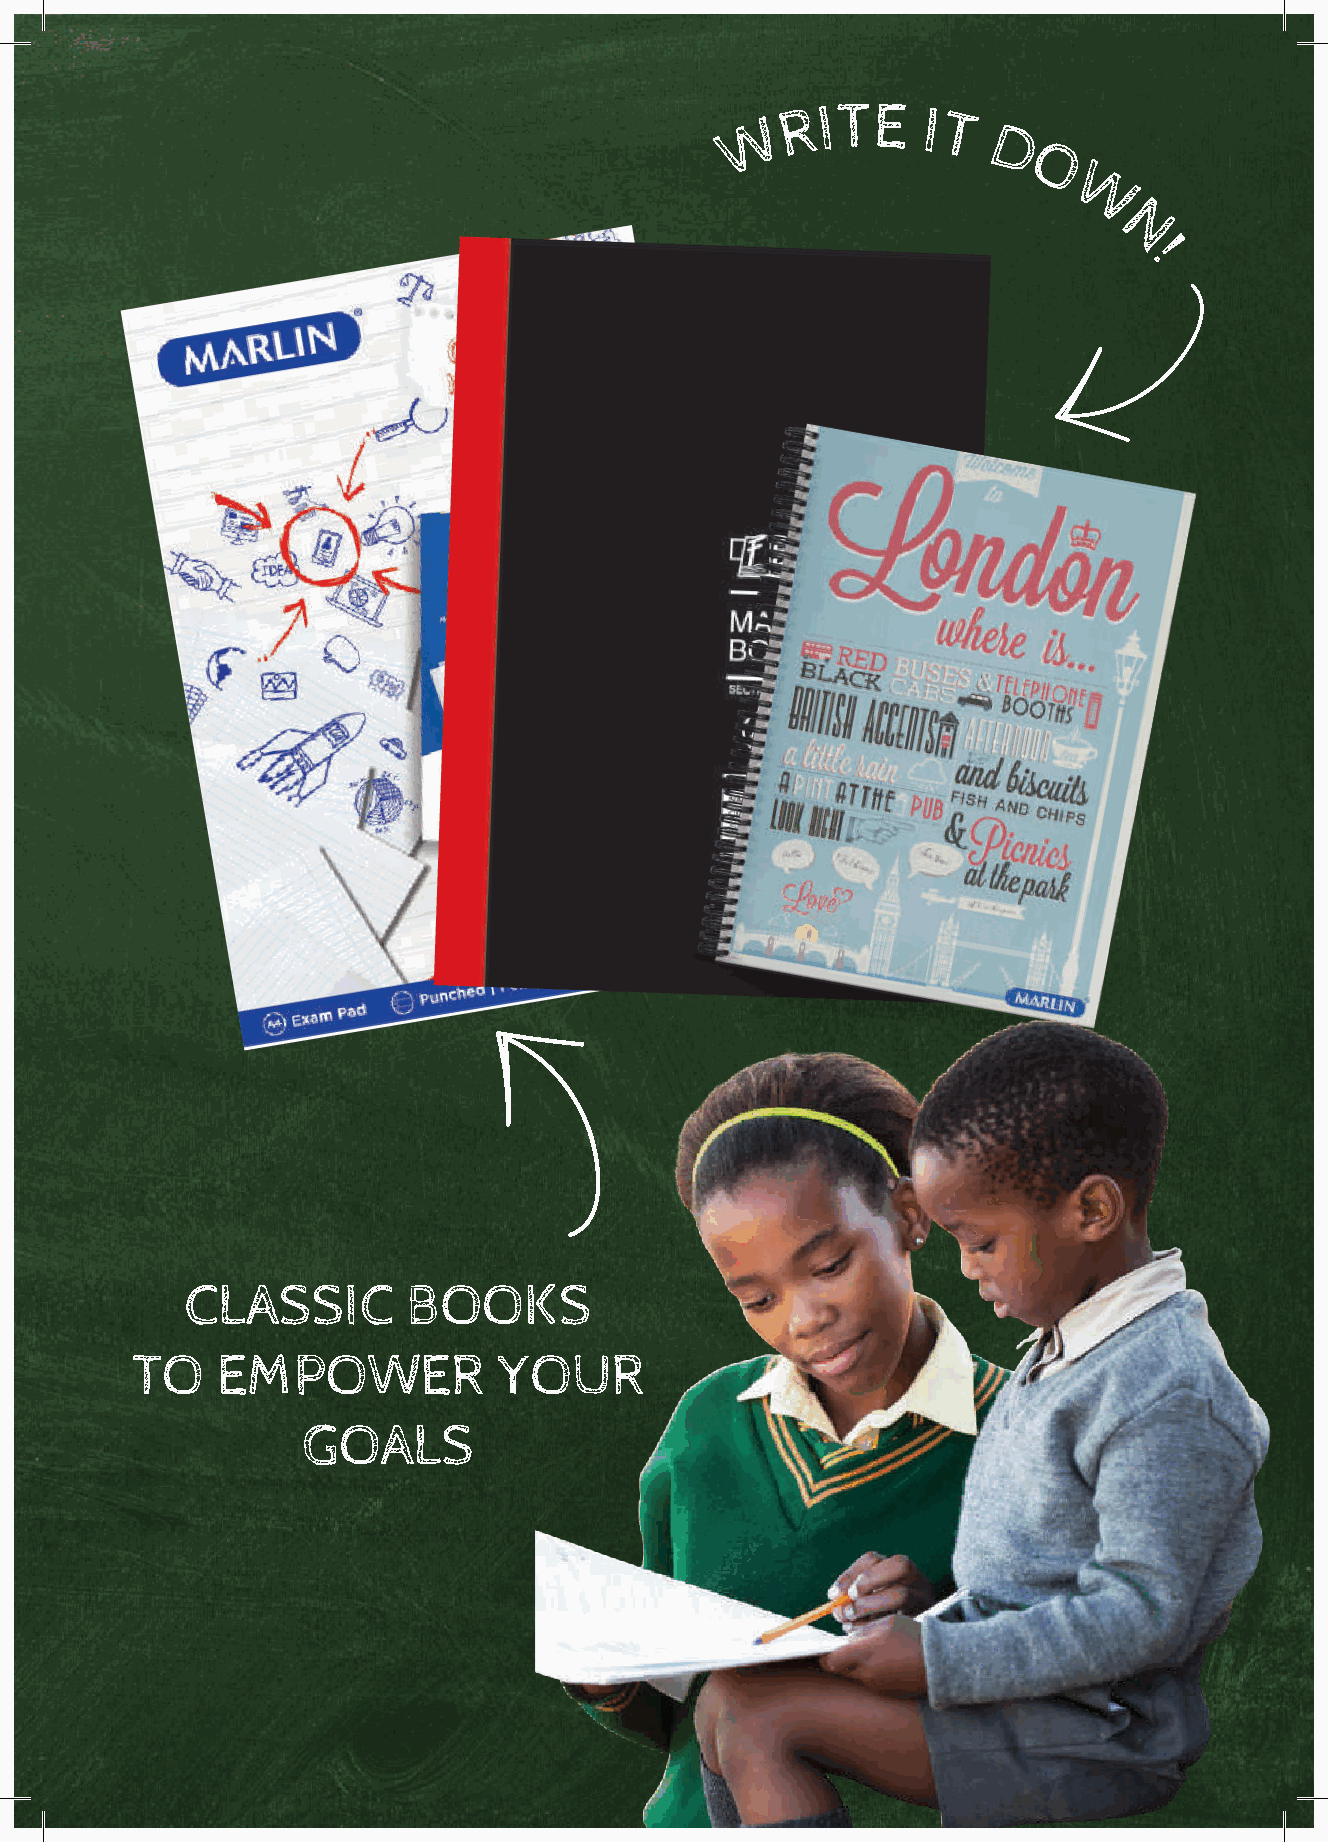
R ITE    I
 W            T
 D
 O
 T I A L B O
 N O                                                                   W
 E K
 S
 S S                                                                      N
 E                                                                          !
 A
 D A BLE P T
 R R
 O I
 F C
 F E
 A S
 !
 CLASSIC        BOOKS
 TO   EMPOWER            YOUR
 GOALS
 7